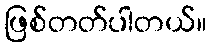
ဖြစ်တတ်ပါတယ်။